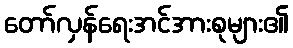
တော်လှန်ရေးအင်အားစုများ၏